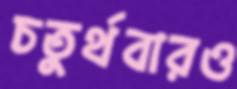
চতুর্থবারও